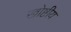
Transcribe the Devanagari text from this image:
खोष्टीय